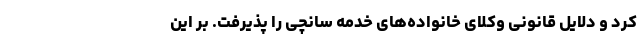
کرد و دلایل قانونی وکلای خانواده‌های خدمه سانچی را پذیرفت. بر این